65_HS1-834228961_62-HQ-83894_Section_10
Agency: FBI
Page 103
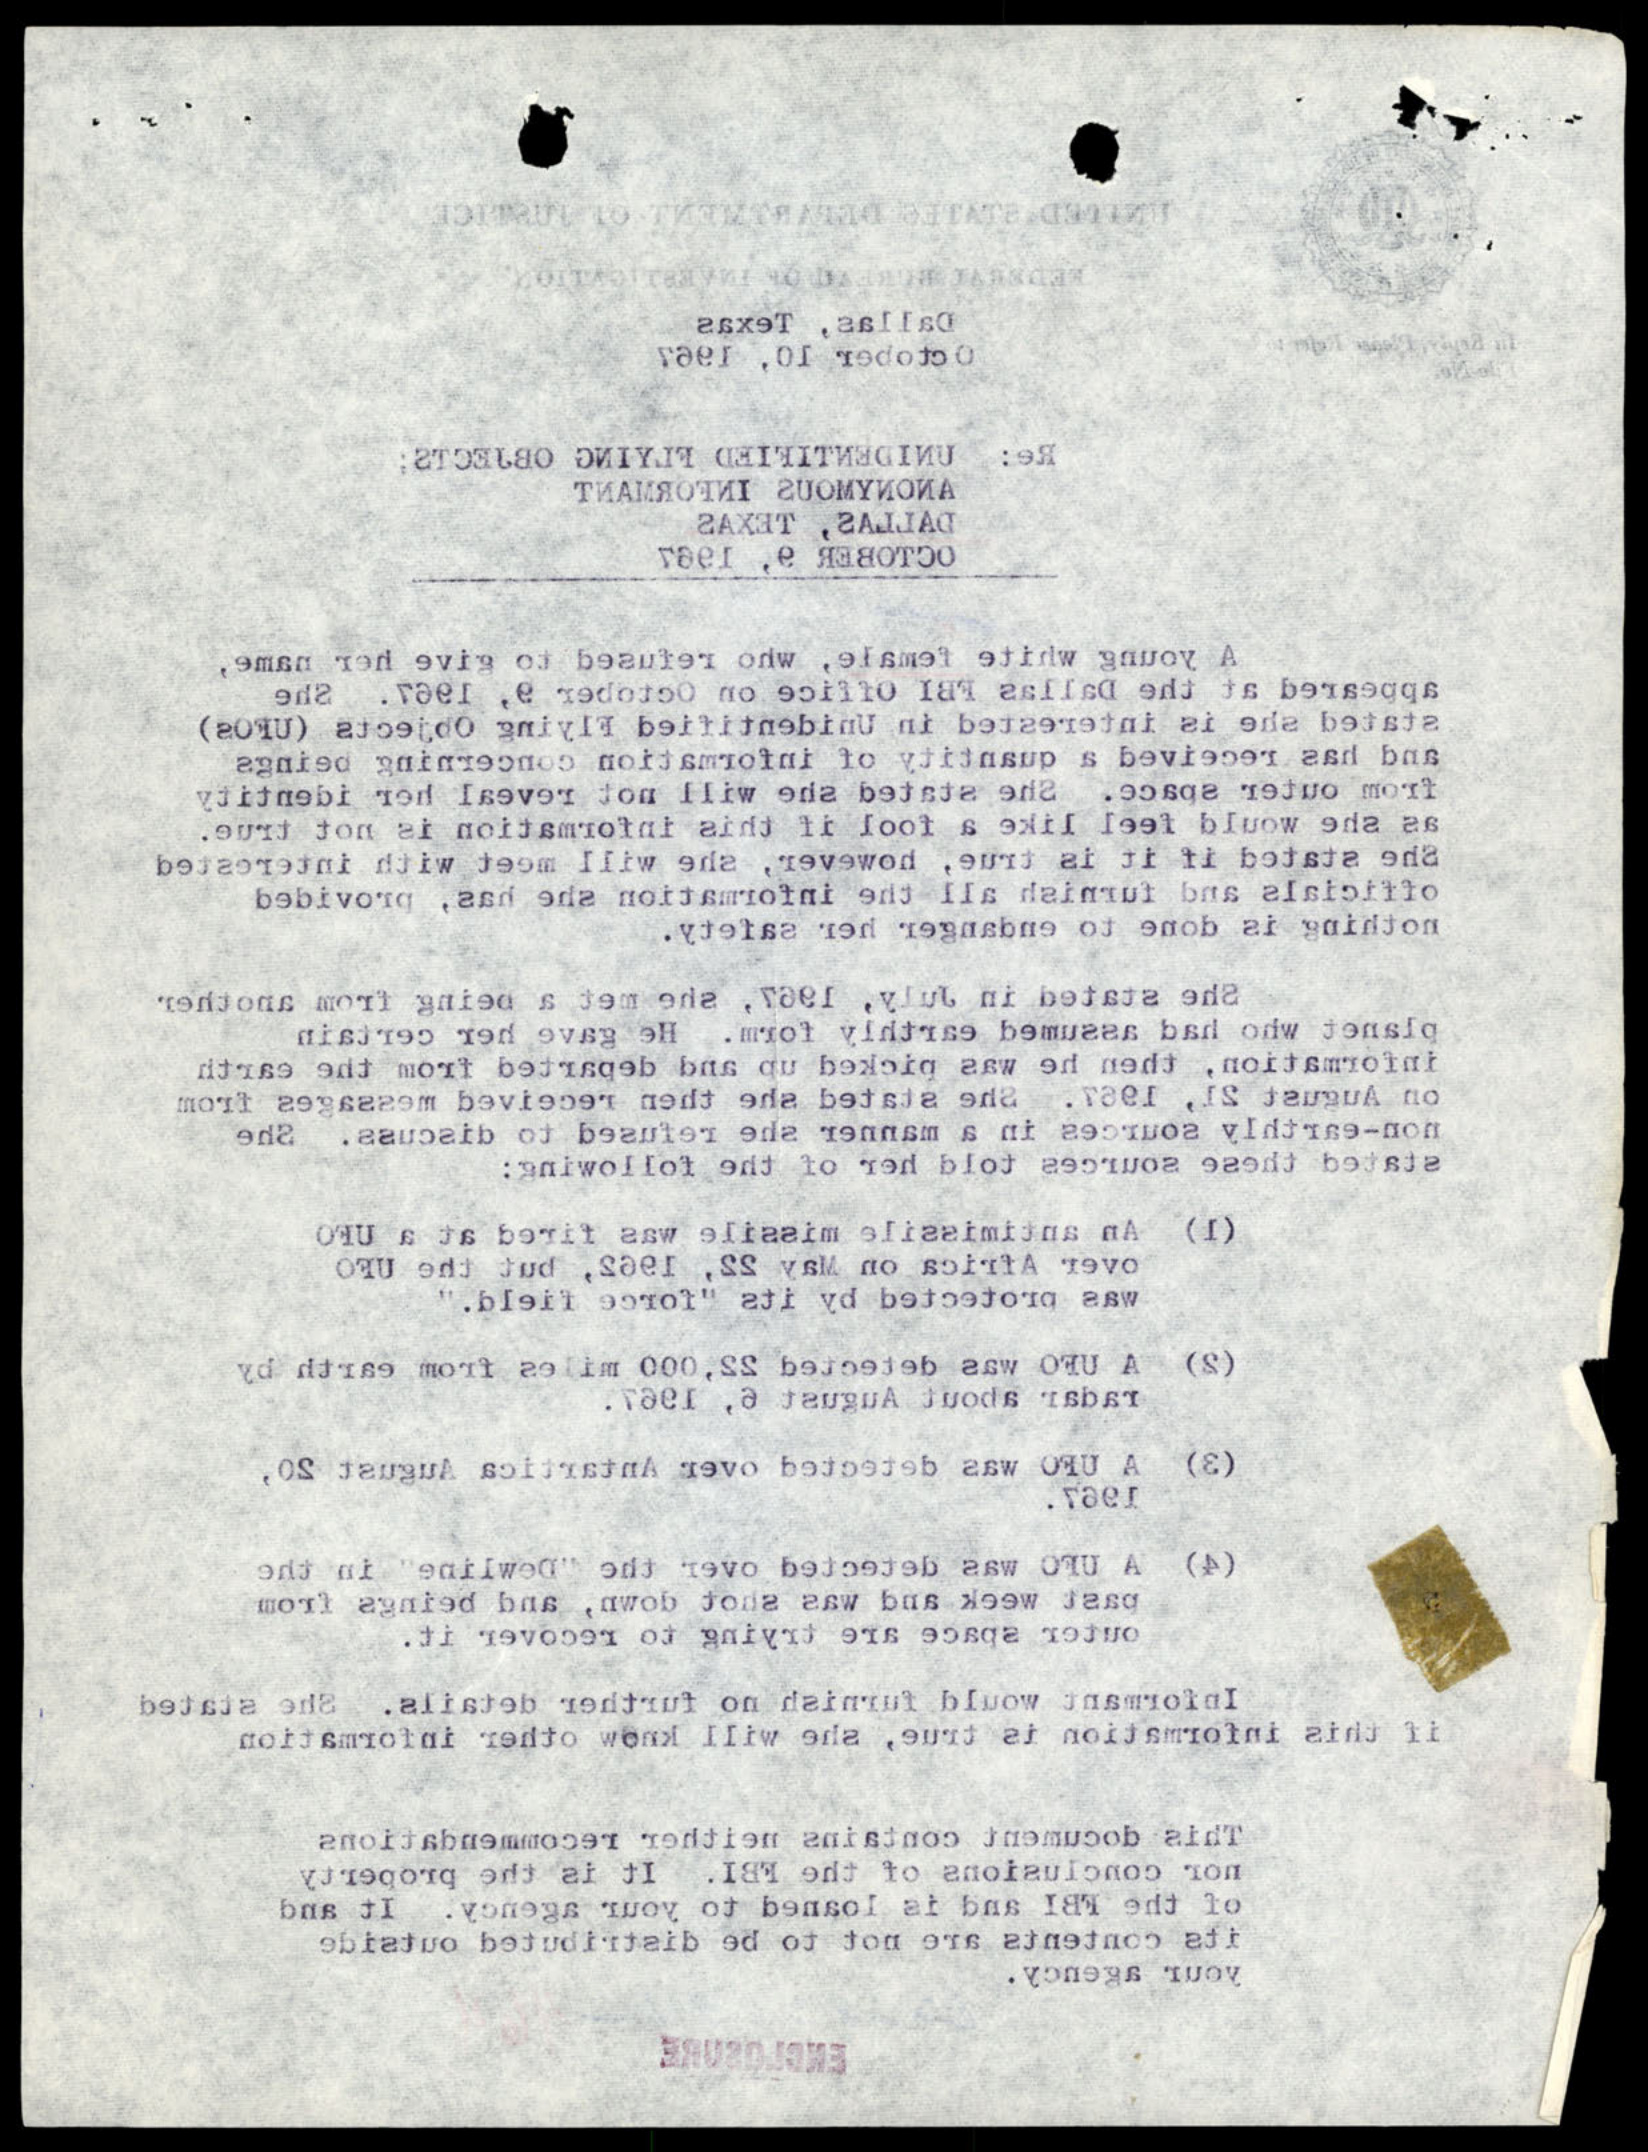